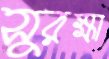
সুরক্ষা